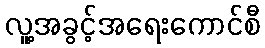
လူ့အခွင့်အရေးကောင်စီ